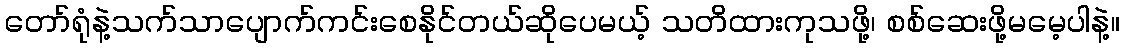
တော်ရုံနဲ့သက်သာပျောက်ကင်းစေနိုင်တယ်ဆိုပေမယ့် သတိထားကုသဖို့၊ စစ်ဆေးဖို့မမေ့ပါနဲ့။